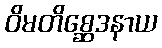
ဝိမတိစ္ဆေဒနာယ